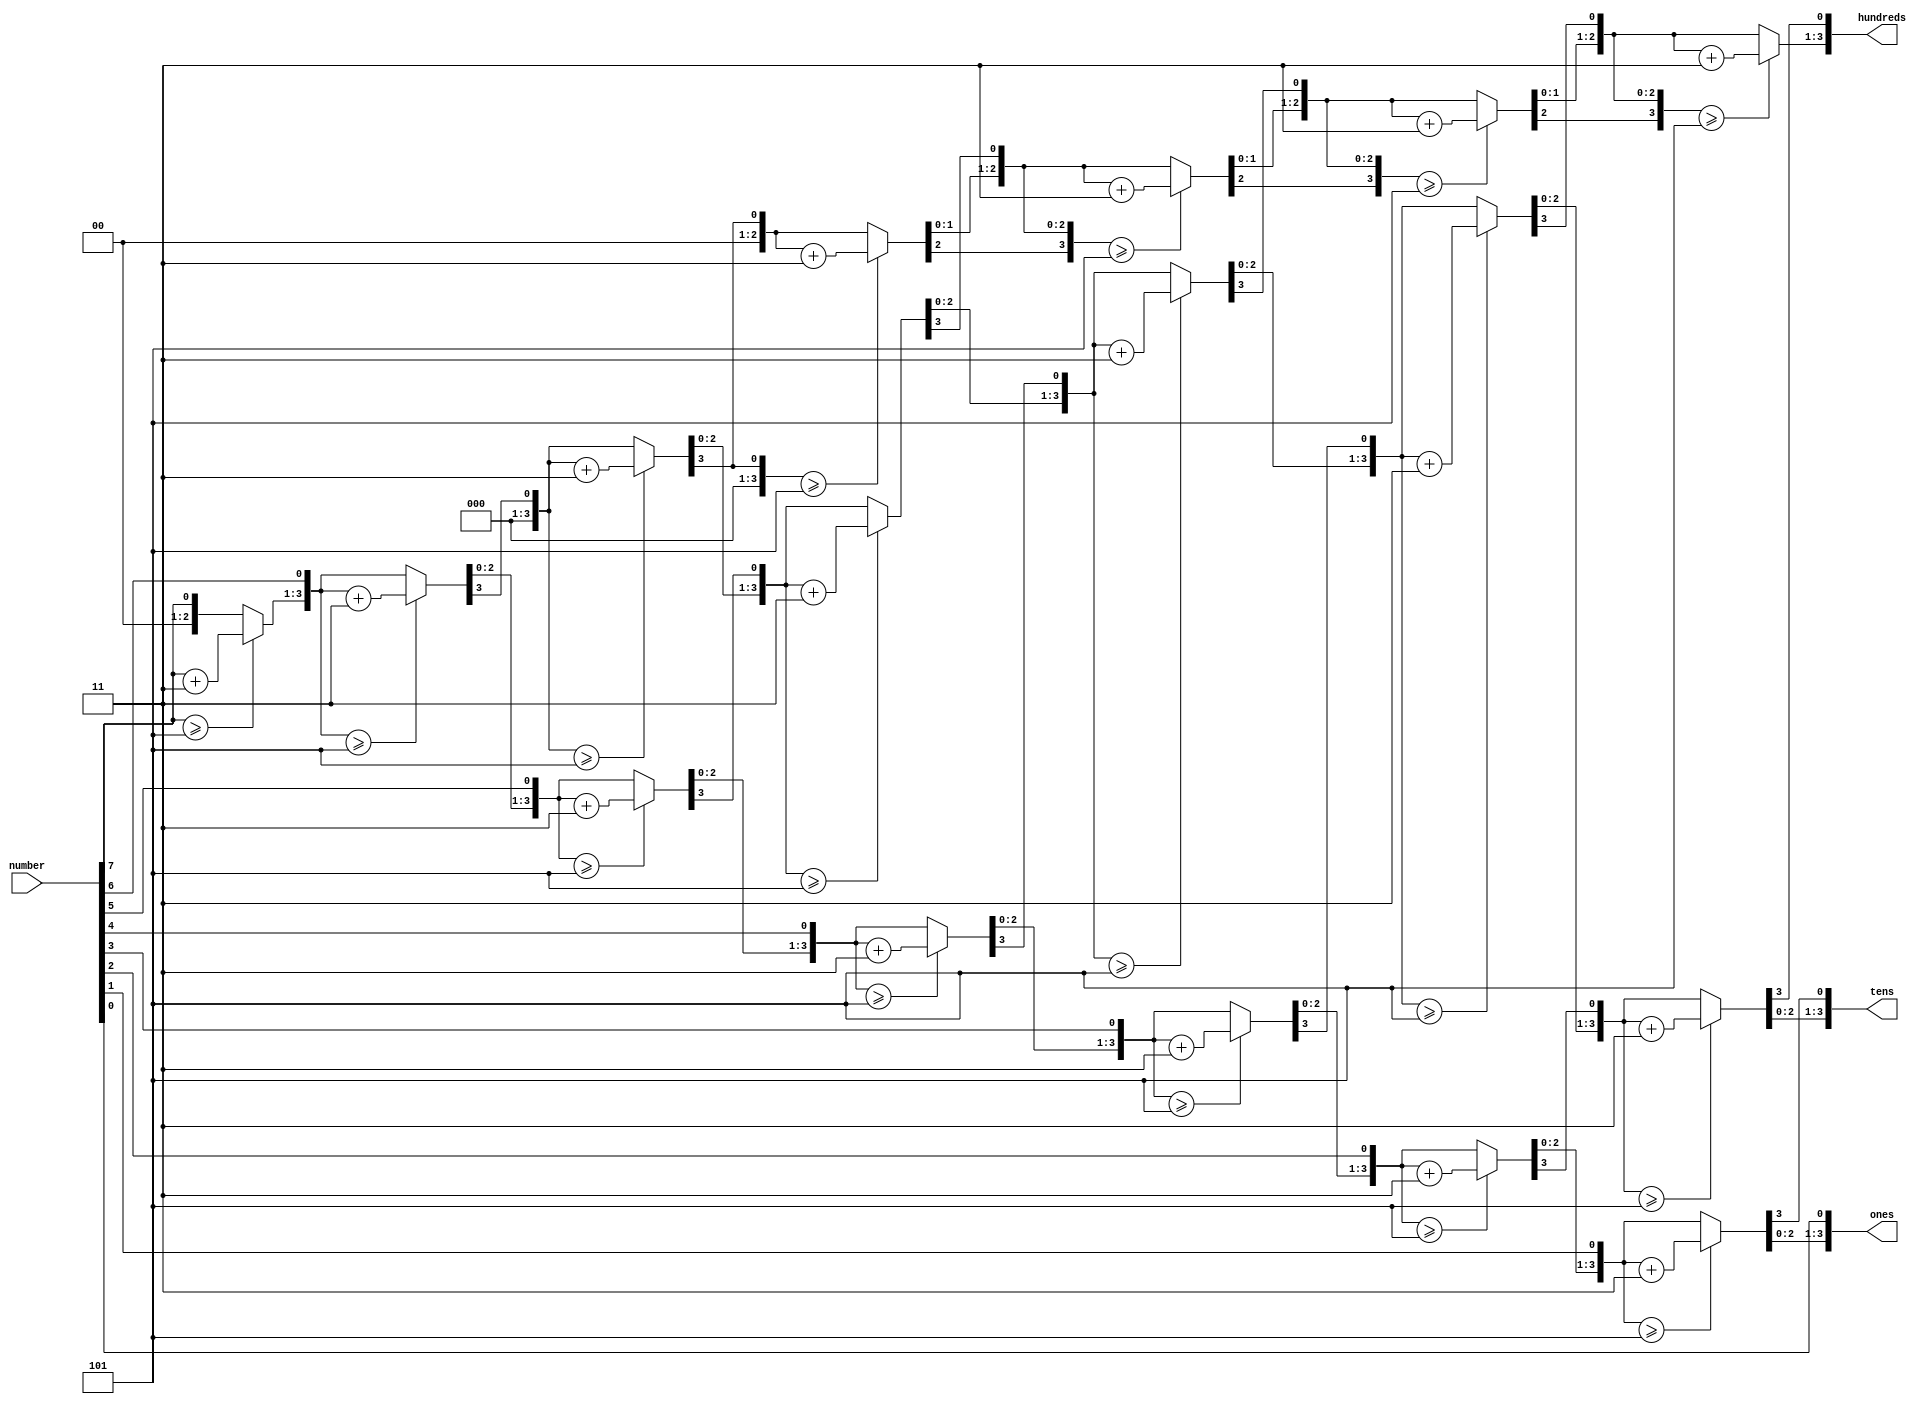
/*------------------------------------------------------------------ 
-- Haley Whitman & Andrew Hill
-- May 2016
-- CAES: Computer Architecture and Embedded Systems Laboratory
-- University of Oregon
-- Eugene, OR
-- 
-- CODE CREATED BY  http://www.deathbylogic.com/2013/12/binary-to-binary-coded-decimal-bcd-converter/
--
-- 
-- Filename: ProgramCounter.v
--
-----------------------------------------------------------------*/

module bcd(number, hundreds, tens, ones);
   // I/O Signal Definitions
   input  [7:0] number;
   output reg [3:0] hundreds;
   output reg [3:0] tens;
   output reg [3:0] ones;
   
   // Internal variable for storing bits
   reg [19:0] shift;
   integer i;
   
   always @(number)
   begin
      // Clear previous number and store new number in shift register
      shift[19:8] = 0;
      shift[7:0] = number;
      
      // Loop eight times
      for (i=0; i<8; i=i+1) begin
         if (shift[11:8] >= 5)
            shift[11:8] = shift[11:8] + 3;
            
         if (shift[15:12] >= 5)
            shift[15:12] = shift[15:12] + 3;
            
         if (shift[19:16] >= 5)
            shift[19:16] = shift[19:16] + 3;
         
         // Shift entire register left once
         shift = shift << 1;
      end
      
      // Push decimal numbers to output
      hundreds = shift[19:16];
      tens     = shift[15:12];
      ones     = shift[11:8];
   end
 
endmodule